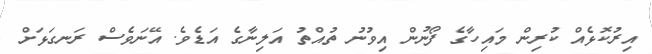
އިރުކޮޅެއް ކުރިން މައިހާގެ ފޯނުން އިވުނު ތުއްތު އަލިނާގެ އަޑެވެ. އޭނަވެސް ރަނގަޅަށް